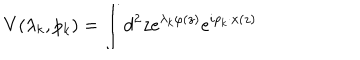
LaTeX: V ( \lambda _ { k } , p _ { k } ) = \int d ^ { 2 } z e ^ { \lambda _ { k } \varphi ( z ) } e ^ { i p _ { k } \cdot x ( z ) }